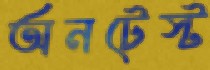
অনটেস্ট